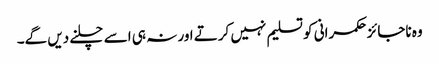
وہ ناجائز حکمرانی کو تسلیم نہیں کرتے اور نہ ہی اسے چلنے دیں گے۔